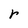
Character: r